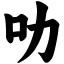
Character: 叻